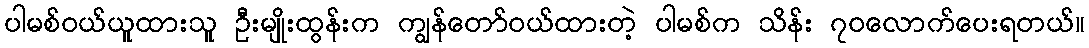
ပါမစ်ဝယ်ယူထားသူ ဦးမျိုးထွန်းက ကျွန်တော်ဝယ်ထားတဲ့ ပါမစ်က သိန်း ၇၀လောက်ပေးရတယ်။